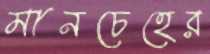
মানচেহের